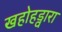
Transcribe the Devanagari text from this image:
खहोहड्वारा